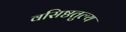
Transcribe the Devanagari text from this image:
वसिष्ठतुल्य